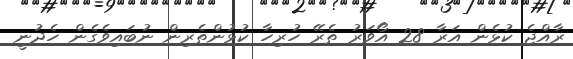
ރާއްޖެ ކުޅެން އަރާ 28 އޯވަރު ތެރޭ ހުރިހާ ކުޅުންތެރިން ނުބައިވެގެން ހެދުނީ